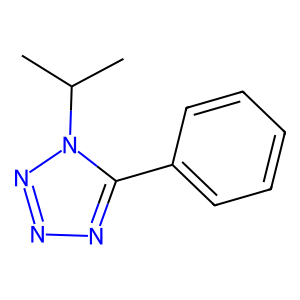
SMILES: CC(C)n1nnnc1-c1ccccc1
Inhibits HIV replication: No